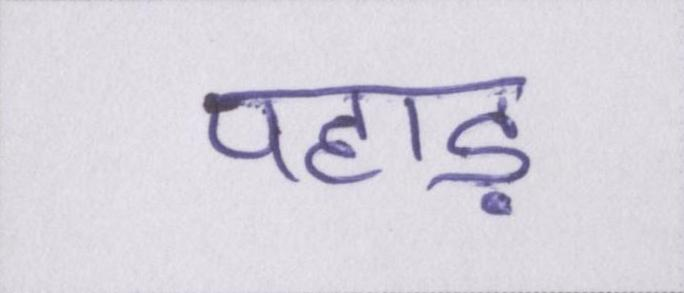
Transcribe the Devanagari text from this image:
पहाड़